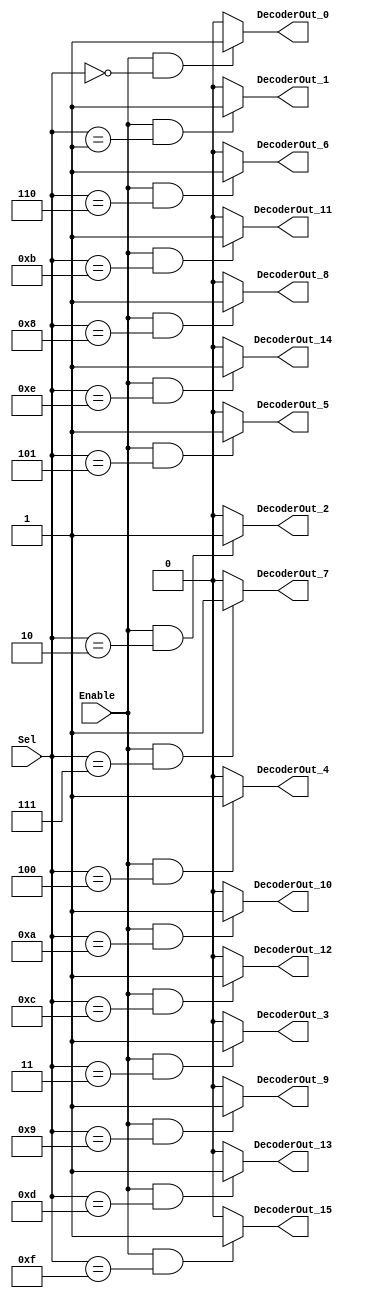
/******************************************************************************
 ** Logisim goes FPGA automatic generated Verilog code                       **
 **                                                                          **
 ** Component : Decoder_16                                                   **
 **                                                                          **
 ******************************************************************************/

module Decoder_16( Enable,
                   Sel,
                   DecoderOut_0,
                   DecoderOut_1,
                   DecoderOut_10,
                   DecoderOut_11,
                   DecoderOut_12,
                   DecoderOut_13,
                   DecoderOut_14,
                   DecoderOut_15,
                   DecoderOut_2,
                   DecoderOut_3,
                   DecoderOut_4,
                   DecoderOut_5,
                   DecoderOut_6,
                   DecoderOut_7,
                   DecoderOut_8,
                   DecoderOut_9);

   /***************************************************************************
    ** Here the inputs are defined                                           **
    ***************************************************************************/
   input  Enable;
   input[3:0]  Sel;

   /***************************************************************************
    ** Here the outputs are defined                                          **
    ***************************************************************************/
   output DecoderOut_0;
   output DecoderOut_1;
   output DecoderOut_10;
   output DecoderOut_11;
   output DecoderOut_12;
   output DecoderOut_13;
   output DecoderOut_14;
   output DecoderOut_15;
   output DecoderOut_2;
   output DecoderOut_3;
   output DecoderOut_4;
   output DecoderOut_5;
   output DecoderOut_6;
   output DecoderOut_7;
   output DecoderOut_8;
   output DecoderOut_9;
   assign DecoderOut_0  = (Enable&(Sel == 4'b0000)) ? 1'b1 : 1'b0;
   assign DecoderOut_1  = (Enable&(Sel == 4'b0001)) ? 1'b1 : 1'b0;
   assign DecoderOut_2  = (Enable&(Sel == 4'b0010)) ? 1'b1 : 1'b0;
   assign DecoderOut_3  = (Enable&(Sel == 4'b0011)) ? 1'b1 : 1'b0;
   assign DecoderOut_4  = (Enable&(Sel == 4'b0100)) ? 1'b1 : 1'b0;
   assign DecoderOut_5  = (Enable&(Sel == 4'b0101)) ? 1'b1 : 1'b0;
   assign DecoderOut_6  = (Enable&(Sel == 4'b0110)) ? 1'b1 : 1'b0;
   assign DecoderOut_7  = (Enable&(Sel == 4'b0111)) ? 1'b1 : 1'b0;
   assign DecoderOut_8  = (Enable&(Sel == 4'b1000)) ? 1'b1 : 1'b0;
   assign DecoderOut_9  = (Enable&(Sel == 4'b1001)) ? 1'b1 : 1'b0;
   assign DecoderOut_10 = (Enable&(Sel == 4'b1010)) ? 1'b1 : 1'b0;
   assign DecoderOut_11 = (Enable&(Sel == 4'b1011)) ? 1'b1 : 1'b0;
   assign DecoderOut_12 = (Enable&(Sel == 4'b1100)) ? 1'b1 : 1'b0;
   assign DecoderOut_13 = (Enable&(Sel == 4'b1101)) ? 1'b1 : 1'b0;
   assign DecoderOut_14 = (Enable&(Sel == 4'b1110)) ? 1'b1 : 1'b0;
   assign DecoderOut_15 = (Enable&(Sel == 4'b1111)) ? 1'b1 : 1'b0;

endmodule